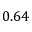
0 . 6 4